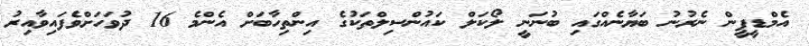
އެމްޑީޕީން ނެރުނު ބަޔާނެއްގައި ބުނަނީ ލޯކަލް ކައުންސިލްތަކުގެ އިންތިހާބަށް އެންމެ 16 ދުވަހަށްވެފައިވާއިރު